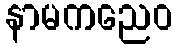
နာမကညေဝ